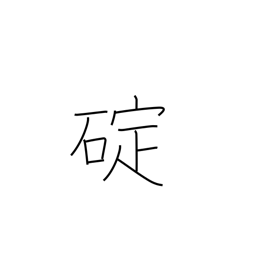
Meaning: grapnel